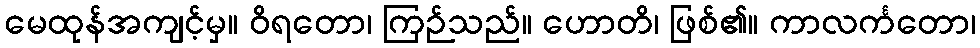
မေထုန်အကျင့်မှ။ ဝိရတော၊ ကြဉ်သည်။ ဟောတိ၊ ဖြစ်၏။ ကာလင်္ကတော၊